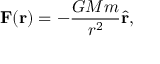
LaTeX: \mathbf { F } ( \mathbf { r } ) = - { \frac { G M m } { r ^ { 2 } } } { \hat { \mathbf { r } } } ,